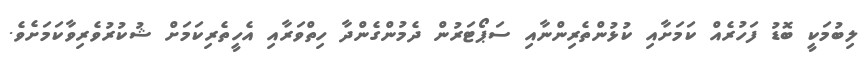
ލިބުމަކީ ބޮޑު ފަހުރެއް ކަމަށާއި ކުޅުންތެރިންނާއި ސަޕޯޓަރުން ދެމުންގެންދާ ހިތްވަރާއި އެހީތެރިކަމަށް ޝުކުރުވެރިވާކަމަށެވެ.